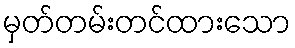
မှတ်တမ်းတင်ထားသော